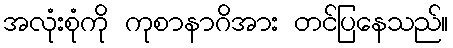
အလုံးစုံကို ကုစာနာဂိအား တင်ပြနေသည်။